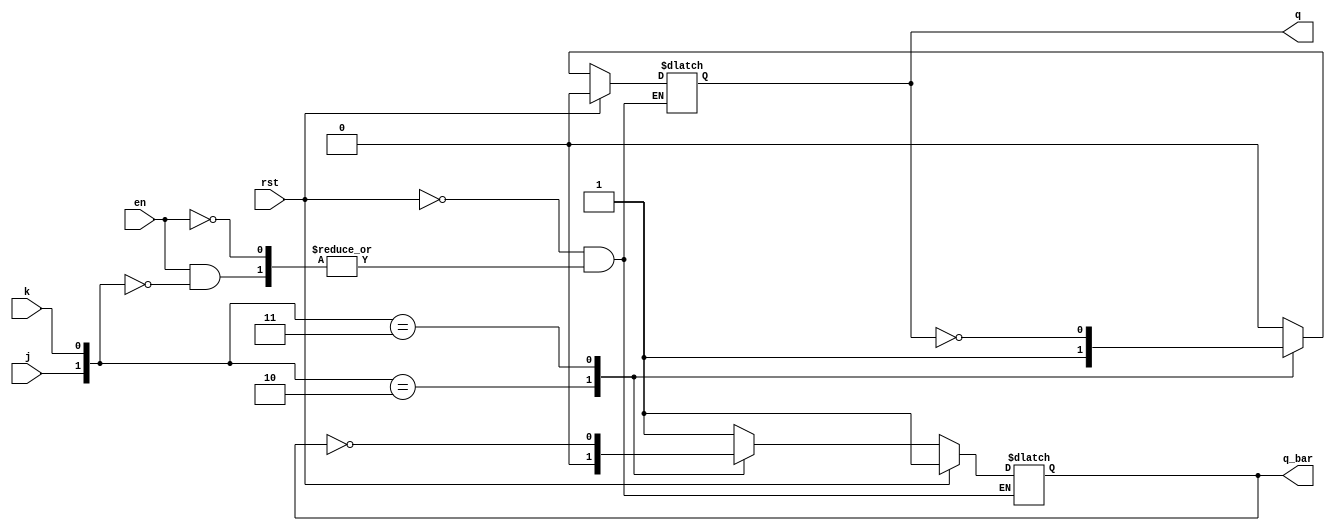
module jk_latch(j,k,en,rst,q,q_bar);
input j,k,en,rst;
output reg q,q_bar;
always @ (*)
begin
    
   if(rst)                
   begin
   q<=0; 
   q_bar<=1;
   end
   else if(en) 
   begin
   
	    case({j,k})       
		 2'b00 :   begin q<=q;     q_bar<=q_bar;  end
		 2'b01 :   begin q<=0;     q_bar<=1;      end
		 2'b10 :   begin q<=1;     q_bar<=0;      end
		 2'b11 :   begin q<=~q;    q_bar<=~q_bar; end
		 default : begin q<=1'bx;  q_bar<=1'bx;   end
		 endcase
		 
   end
end

endmodule